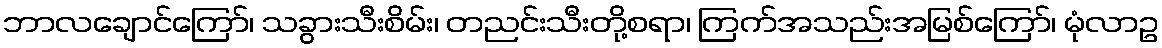
ဘာလချောင်ကြော်၊ သခွားသီးစိမ်း၊ တညင်းသီးတို့စရာ၊ ကြက်အသည်းအမြစ်ကြော်၊ မုံလာဥ